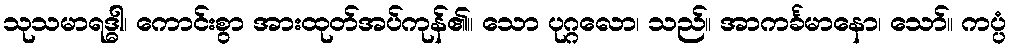
သုသမာရဒ္ဓါ၊ ကောင်းစွာ အားထုတ်အပ်ကုန်၏။ သော ပုဂ္ဂလော၊ သည်။ အာကင်္ခမာနော၊ သော်။ ကပ္ပံ